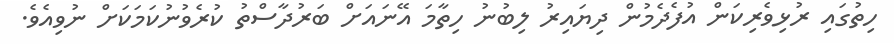
ހިތުގައި ރުޅިވެރިކަން އުފެދެމުން ދިޔައިރު ލިބުނު ހިތާމަ އޭނައަށް ބަރުދާސްތު ކުރެވުނުކަމަކަށް ނުވިއެވެ.